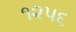
૧૨૫૬